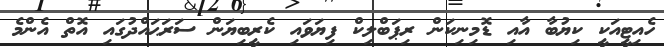
ހެއިޓީއަކީ ކިޔުބާ އާއި ޑޮމިނިކަން ރިޕަބްލިކް ފިޔަވައި ކެރީބިޔަން ސަރަޙައްދުގައި އޮތް އެންމެ